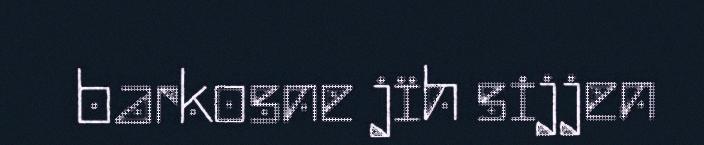
barkosne jïh sijjen